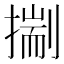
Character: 𢳐